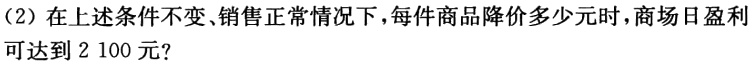
（2）在上述条件不变、销售正常情况下，每件商品降价多少元时，商场日盈利可达到2 100 元？